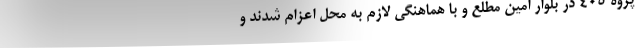
پژوه ۴۰۵ در بلوار امین مطلع و با هماهنگی لازم به محل اعزام شدند و